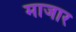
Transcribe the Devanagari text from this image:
माजार